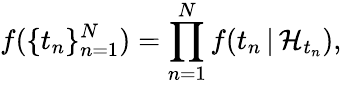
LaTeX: f(\{ t_{n}\} _{n=1}^{N})=\prod_{n=1}^{N}f(t_{n}\, |\, \mathcal{H}_{t_{n}}),